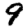
Digit: 9